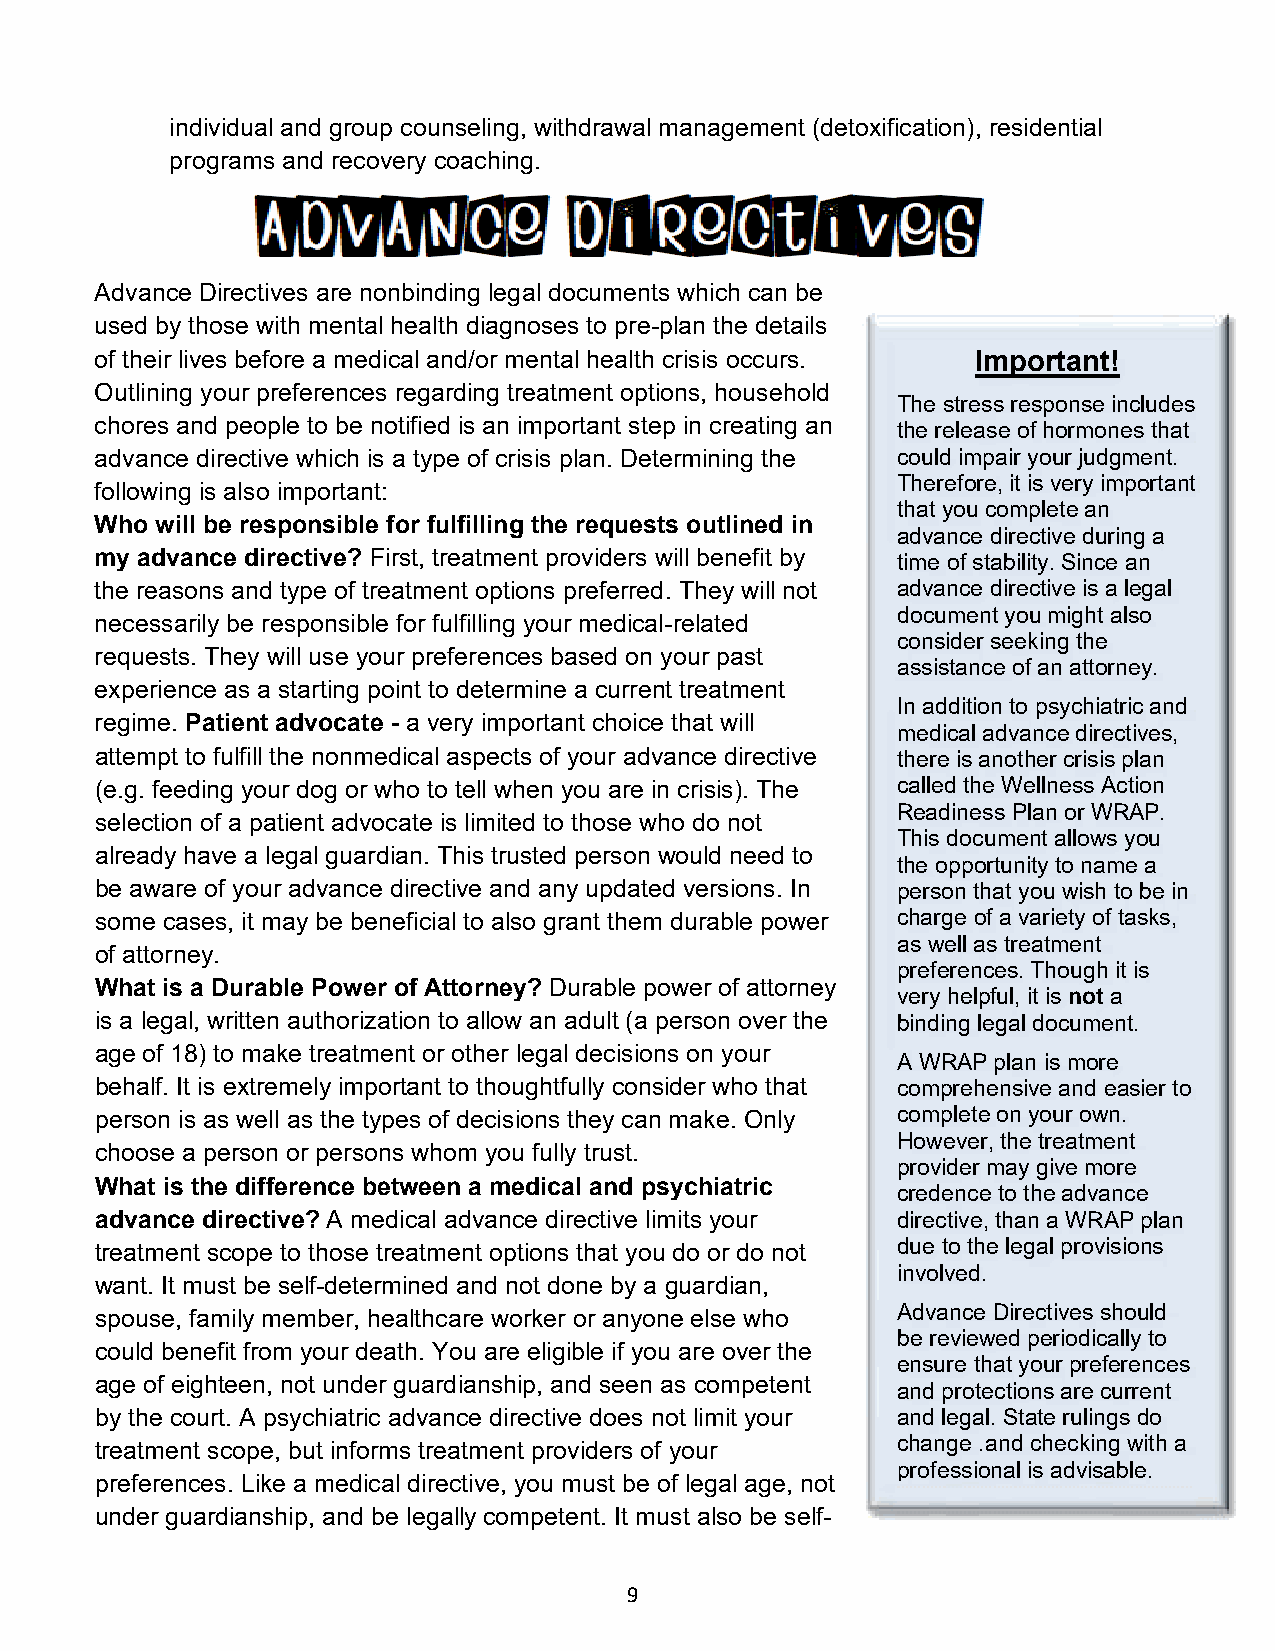
individual and group counseling, withdrawal management (detoxification), residential
 programs and recovery coaching.
 Advance Directives are nonbinding legal documents which can be
 used by those with mental health diagnoses to pre-plan the details
 of their lives before a medical and/or mental health crisis occurs. Important!
 Outlining your preferences regarding treatment options, household
 The stress response includes
 chores and people to be notified is an important step in creating an the release of hormones that
 advance directive which is a type of crisis plan. Determining the could impair your judgment.
 Therefore, it is very important
 following is also important:
 that you complete an
 Who will be responsible for fulfilling the requests outlined in
 advance directive during a
 my advance directive? First, treatment providers will benefit by time of stability. Since an
 the reasons and type of treatment options preferred. They will not advance directive is a legal
 document you might also
 necessarily be responsible for fulfilling your medical-related
 consider seeking the
 requests. They will use your preferences based on your past
 assistance of an attorney.
 experience as a starting point to determine a current treatment
 In addition to psychiatric and
 regime. Patient advocate - a very important choice that will
 medical advance directives,
 attempt to fulfill the nonmedical aspects of your advance directive there is another crisis plan
 (e.g. feeding your dog or who to tell when you are in crisis). The called the Wellness Action
 Readiness Plan or WRAP.
 selection of a patient advocate is limited to those who do not
 This document allows you
 already have a legal guardian. This trusted person would need to
 the opportunity to name a
 be aware of your advance directive and any updated versions. In person that you wish to be in
 some cases, it may be beneficial to also grant them durable power charge of a variety of tasks,
 as well as treatment
 of attorney.
 preferences. Though it is
 What is a Durable Power of Attorney? Durable power of attorney
 very helpful, it is not a
 is a legal, written authorization to allow an adult (a person over the binding legal document.
 age of 18) to make treatment or other legal decisions on your
 A WRAP plan is more
 behalf. It is extremely important to thoughtfully consider who that comprehensive and easier to
 person is as well as the types of decisions they can make. Only complete on your own.
 However, the treatment
 choose a person or persons whom you fully trust.
 provider may give more
 What is the difference between a medical and psychiatric
 credence to the advance
 advance directive? A medical advance directive limits your directive, than a WRAP plan
 treatment scope to those treatment options that you do or do not due to the legal provisions
 involved.
 want. It must be self-determined and not done by a guardian,
 spouse, family member, healthcare worker or anyone else who Advance Directives should
 be reviewed periodically to
 could benefit from your death. You are eligible if you are over the
 ensure that your preferences
 age of eighteen, not under guardianship, and seen as competent
 and protections are current
 by the court. A psychiatric advance directive does not limit your and legal. State rulings do
 change .and checking with a
 treatment scope, but informs treatment providers of your
 professional is advisable.
 preferences. Like a medical directive, you must be of legal age, not
 under guardianship, and be legally competent. It must also be self-
 9